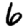
Digit: 6